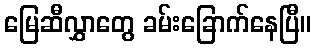
မြေဆီလွှာတွေ ခမ်းခြောက်နေပြီ။